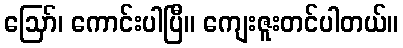
ဪ၊ ကောင်းပါပြီ။ ကျေးဇူးတင်ပါတယ်။